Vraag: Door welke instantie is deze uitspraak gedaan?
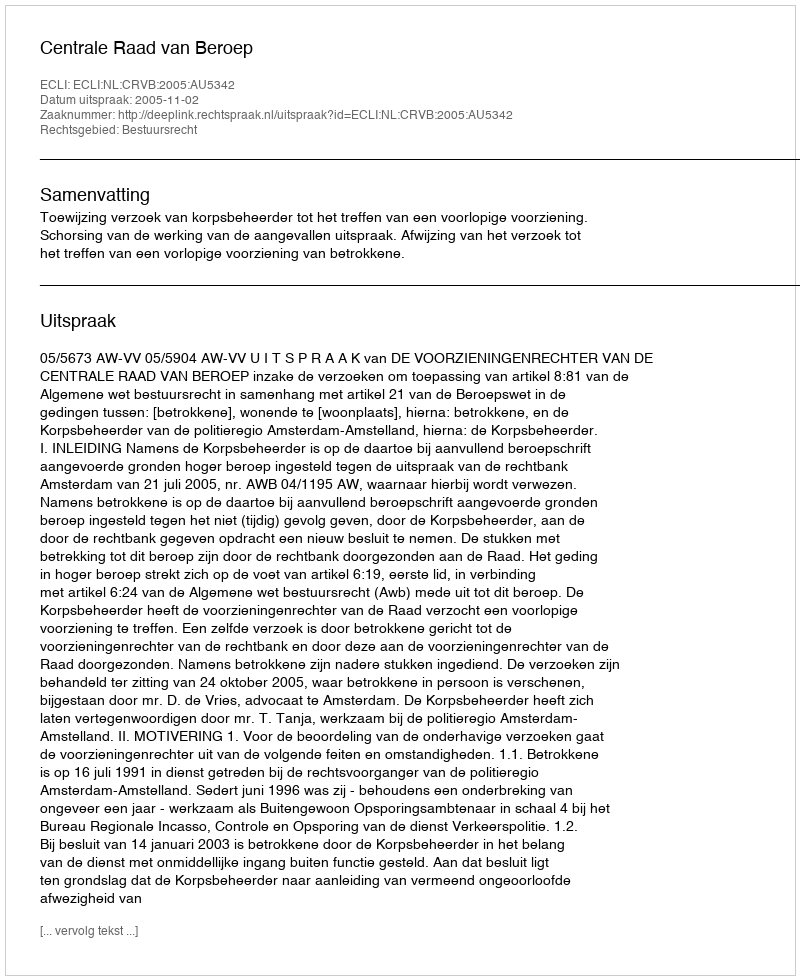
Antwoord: Centrale Raad van Beroep